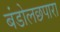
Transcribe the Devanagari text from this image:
बंडोलछपारा